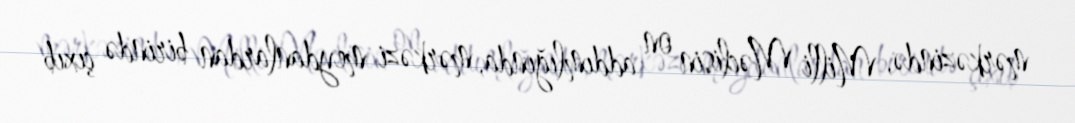
mərkəzində, Milli Məclisin on addımlığında, mərkəzi meydanlardan birində çıxıb